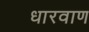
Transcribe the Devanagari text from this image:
धारवाण